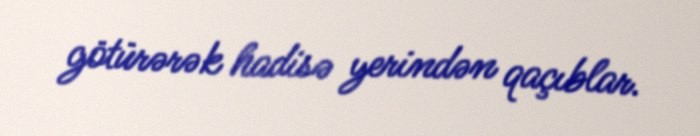
götürərək hadisə yerindən qaçıblar.